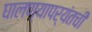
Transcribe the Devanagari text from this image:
घालण्यापर्यंतची